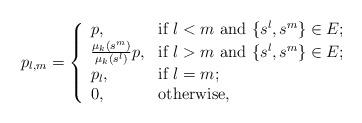
LaTeX: \begin{align*} p_{l,m } = \left\{\begin{array}{ll} p, & \hbox{if $l<m$ and $\{s^l,s^m\} \in E$;} \\ \frac{\mu_k(s^m)}{\mu_k(s^l)}p, & \hbox{if $l>m$ and $\{s^l,s^m\} \in E$;} \\ p_{l}, & \hbox{if $l=m$;} \\ 0, & \hbox{otherwise,} \\\end{array}\right.\end{align*}